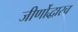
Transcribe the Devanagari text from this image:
जीर्णोद्धारच